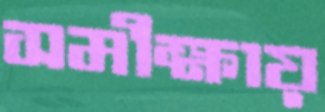
সমীক্ষায়